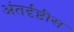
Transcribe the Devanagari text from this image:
अंतर्दृष्टीस